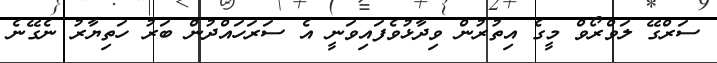
ސަރްގޭ ލަވްރޯވް މީގެ އިތުރުން ވިދާޅުވެފައިވަނީ އެ ސަރަހައްދުން ބަރު ހަތިޔާރު ނެގޭނެ